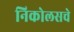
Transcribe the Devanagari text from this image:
निकोलसचे